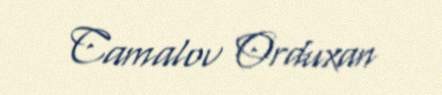
Camalov Orduxan